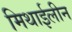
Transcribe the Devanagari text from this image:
मिथाईलीन